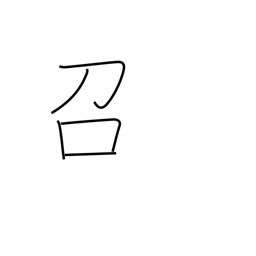
Meaning: eat